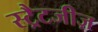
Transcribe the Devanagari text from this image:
स्ट्रैटजीज़